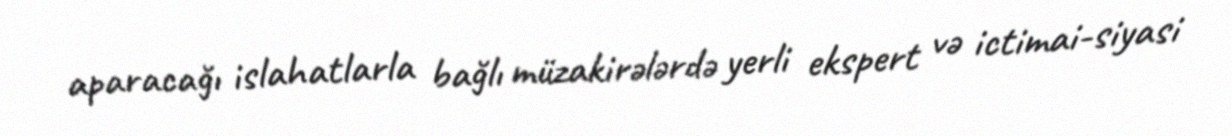
aparacağı islahatlarla bağlı müzakirələrdə yerli ekspert və ictimai-siyasi